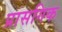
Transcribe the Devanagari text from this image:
प्रासगिक